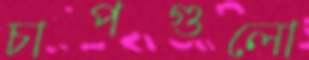
চাপগুলো